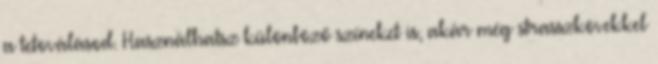
a tetoválásod. Használhatsz különböző színeket is, akár még strasszkövekkel